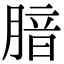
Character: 腤